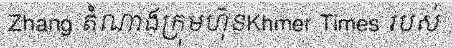
Zhang តំណាងក្រុមហ៊ុនKhmer Times របស់